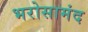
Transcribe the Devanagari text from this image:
भरोसामंद